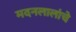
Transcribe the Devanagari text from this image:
मदनलालांचे